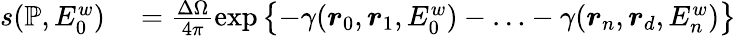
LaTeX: \begin{array}{rl}{s(\mathbb{P},E_{0}^{w})}&{{}=\frac{\Delta\Omega}{4\pi}\exp\left\{ -\gamma(\boldsymbol{r}_{0},\boldsymbol{r}_{1},E_{0}^{w})-\ldots-\gamma(\boldsymbol{r}_{n},\boldsymbol{r}_{d},E_{n}^{w})\right\} }\end{array}